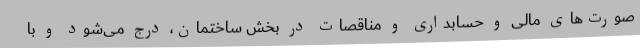
صورت‌های مالی و حسابداری و مناقصات در بخش ساختمان، درج می‌شود و با